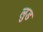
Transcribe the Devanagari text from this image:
लुड